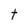
Character: t